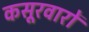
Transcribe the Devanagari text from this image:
कसूरवारों